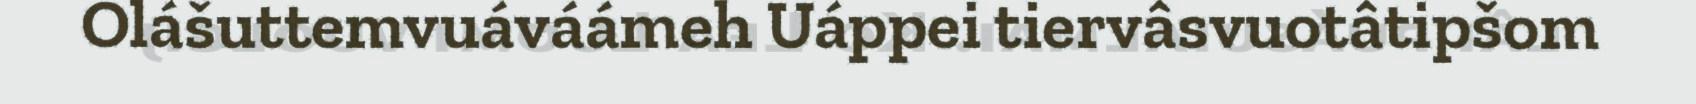
Olášuttemvuáváámeh Uáppei tiervâsvuotâtipšom